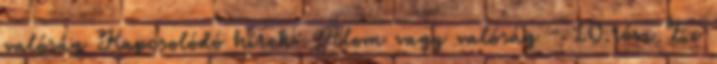
valóság Kapcsolódó hírek: Álom vagy valóság - 10.rész Ez